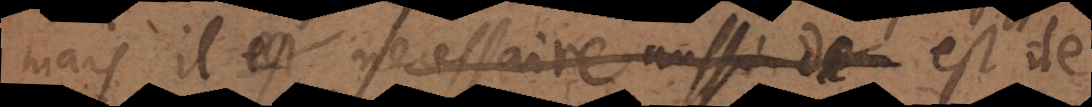
mais il est necessaire aussi de de